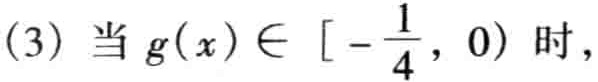
(3) 当 \(g(x)\in [-\frac{1}{4},0)\) 时，